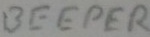
Text: BEEPER